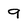
Character: 9